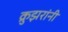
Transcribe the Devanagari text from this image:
क्रुझरांनी